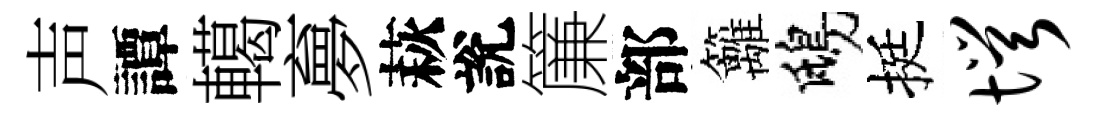
声譚轕夣萩說簾部籬鴟挺愕